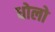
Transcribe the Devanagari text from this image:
धोलो